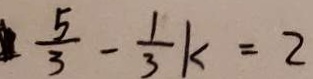
\frac { 5 } { 3 } - \frac { 1 } { 3 } k = 2